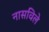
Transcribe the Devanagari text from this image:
नासविले